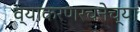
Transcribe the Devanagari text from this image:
व्याकरणरचनेच्या